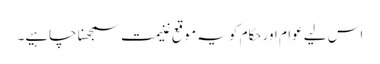
اس لیے عوام اور حکام کو یہ موقع غنیمت سمجھنا چاہیے۔